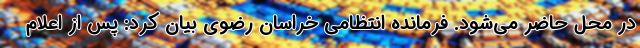
در محل حاضر می‌شود. فرمانده انتظامی خراسان رضوی بیان کرد: پس از اعلام